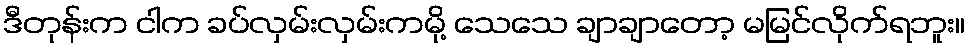
ဒီတုန်းက ငါက ခပ်လှမ်းလှမ်းကမို့ သေသေ ချာချာတော့ မမြင်လိုက်ရဘူး။